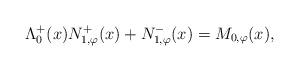
LaTeX: \begin{align*}\Lambda^{+}_{0}(x) N_{1,\varphi}^{+}(x) + N_{1,\varphi}^{-}(x) = M_{0, \varphi}(x),\end{align*}